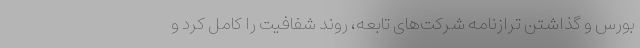
بورس و گذاشتن ترازنامه شرکت‌های تابعه، روند شفافیت را کامل کرد و